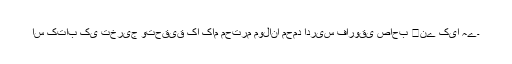
اس کتاب کی تخریج وتحقیق کا کام محترم مولانا محمد ادریس فاروقی صاحب ﷫نے کیا ہے۔